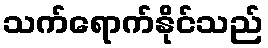
သက်ရောက်နိုင်သည်